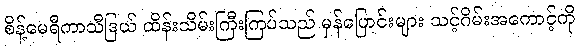
စိန့်မေရီကာသီဒြယ် ထိန်းသိမ်းကြီးကြပ်သည် မှန်ပြောင်းများ သင့်ဂိမ်းအကောင့်ကို